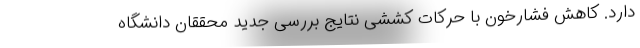
دارد. کاهش فشارخون با حرکات کششی نتایج بررسی جدید محققان دانشگاه